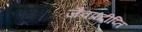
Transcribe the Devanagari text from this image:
जैवप्रदीप्ति